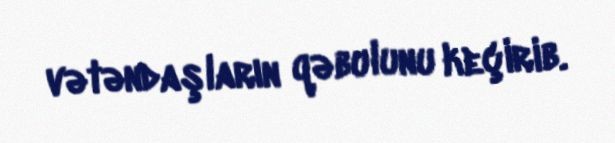
vətəndaşların qəbulunu keçirib.